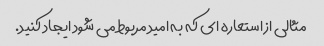
مثالی از استعاره ای که به امید مربوط می شود ایجاد کنید.